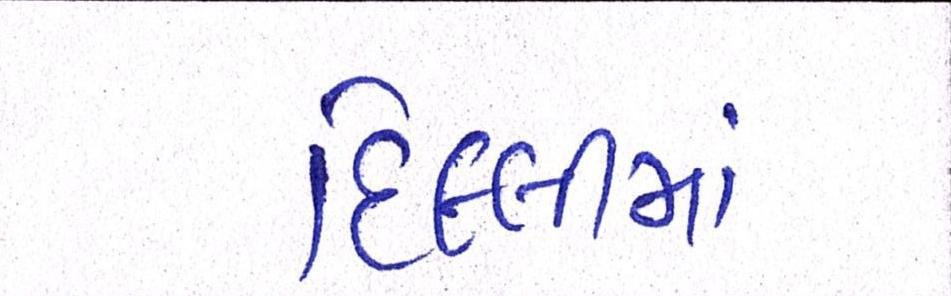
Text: દિલ્લીમાં